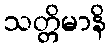
သတ္တိမာနိ